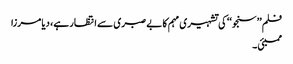
فلم ’’سنجو‘‘ کی تشہیری مہم کا بے صبری سے انتظار ہے، دیا مرزا
ممبئی ۔